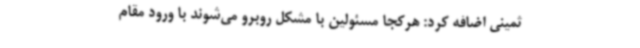
ثمینی اضافه کرد: هرکجا مسئولین با مشکل روبرو می‌شوند با ورود مقام